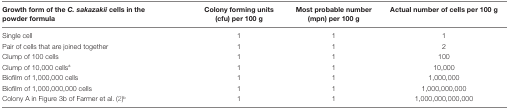
<table><thead><tr><td><b>Growth form of the <i>C. sakazakii</i> cells in the powder formula</b></td><td><b>Colony forming units (cfu) per 100 g</b></td><td><b>Most probable number (mpn) per 100 g</b></td><td><b>Actual number of cells per 100 g</b></td></tr></thead><tbody><tr><td>Single cell</td><td>1</td><td>1</td><td>1</td></tr><tr><td>Pair of cells that are joined together</td><td>1</td><td>1</td><td>2</td></tr><tr><td>Clump of 100 cells</td><td>1</td><td>1</td><td>100</td></tr><tr><td>Clump of 10,000 cells<sup>a</sup></td><td>1</td><td>1</td><td>10,000</td></tr><tr><td>Biofilm of 1,000,000 cells</td><td>1</td><td>1</td><td>1,000,000</td></tr><tr><td>Biofilm of 1,000,000,000 cells</td><td>1</td><td>1</td><td>1,000,000,000</td></tr><tr><td>Colony A in Figure 3b of Farmer et al. (2)<sup>b</sup></td><td>1</td><td>1</td><td>1,000,000,000,000</td></tr></tbody></table>